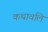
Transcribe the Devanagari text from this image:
कथावलि